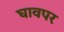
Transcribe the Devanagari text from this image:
घावपर